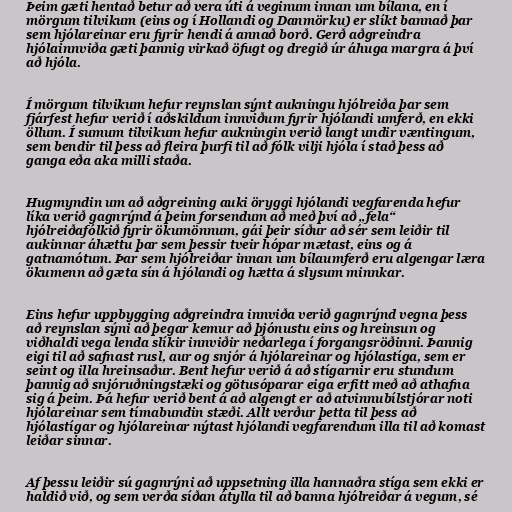
Þeim gæti hentað betur að vera úti á veginum innan um bílana, en í
mörgum tilvikum (eins og í Hollandi og Danmörku) er slíkt bannað þar
sem hjólareinar eru fyrir hendi á annað borð. Gerð aðgreindra
hjólainnviða gæti þannig virkað öfugt og dregið úr áhuga margra á því
að hjóla.

Í mörgum tilvikum hefur reynslan sýnt aukningu hjólreiða þar sem
fjárfest hefur verið í aðskildum innviðum fyrir hjólandi umferð, en ekki
öllum. Í sumum tilvikum hefur aukningin verið langt undir væntingum,
sem bendir til þess að fleira þurfi til að fólk vilji hjóla í stað þess að
ganga eða aka milli staða.

Hugmyndin um að aðgreining auki öryggi hjólandi vegfarenda hefur
líka verið gagnrýnd á þeim forsendum að með því að „fela“
hjólreiðafólkið fyrir ökumönnum, gái þeir síður að sér sem leiðir til
aukinnar áhættu þar sem þessir tveir hópar mætast, eins og á
gatnamótum. Þar sem hjólreiðar innan um bílaumferð eru algengar læra
ökumenn að gæta sín á hjólandi og hætta á slysum minnkar.

Eins hefur uppbygging aðgreindra innviða verið gagnrýnd vegna þess
að reynslan sýni að þegar kemur að þjónustu eins og hreinsun og
viðhaldi vega lenda slíkir innviðir neðarlega í forgangsröðinni. Þannig
eigi til að safnast rusl, aur og snjór á hjólareinar og hjólastíga, sem er
seint og illa hreinsaður. Bent hefur verið á að stígarnir eru stundum
þannig að snjóruðningstæki og götusóparar eiga erfitt með að athafna
sig á þeim. Þá hefur verið bent á að algengt er að atvinnubílstjórar noti
hjólareinar sem tímabundin stæði. Allt verður þetta til þess að
hjólastígar og hjólareinar nýtast hjólandi vegfarendum illa til að komast
leiðar sinnar.

Af þessu leiðir sú gagnrýni að uppsetning illa hannaðra stíga sem ekki er
haldið við, og sem verða síðan átylla til að banna hjólreiðar á vegum, sé